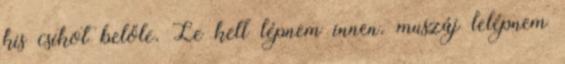
kis csíkot belőle. Le kell lépnem innen. muszáj lelépnem